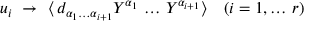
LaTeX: u _ { i } ~ \to ~ \langle \, d _ { \alpha _ { 1 } \dots \alpha _ { i + 1 } } Y ^ { \alpha _ { 1 } } \, \dots \, Y ^ { \alpha _ { i + 1 } } \rangle \quad ( i = 1 , \dots \, r )